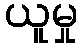
ယူမှု